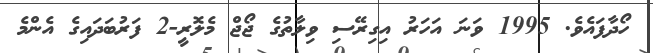
ހޯދާފައެވެ. 1995 ވަނަ އަހަރު އިގިރޭސި ވިލާތުގެ ޖޯޖް މެލޮރީ-2 ފަރުބަދައިގެ އެންމެ